Vabadussoja_Ajaloo_Komitee, lk 78
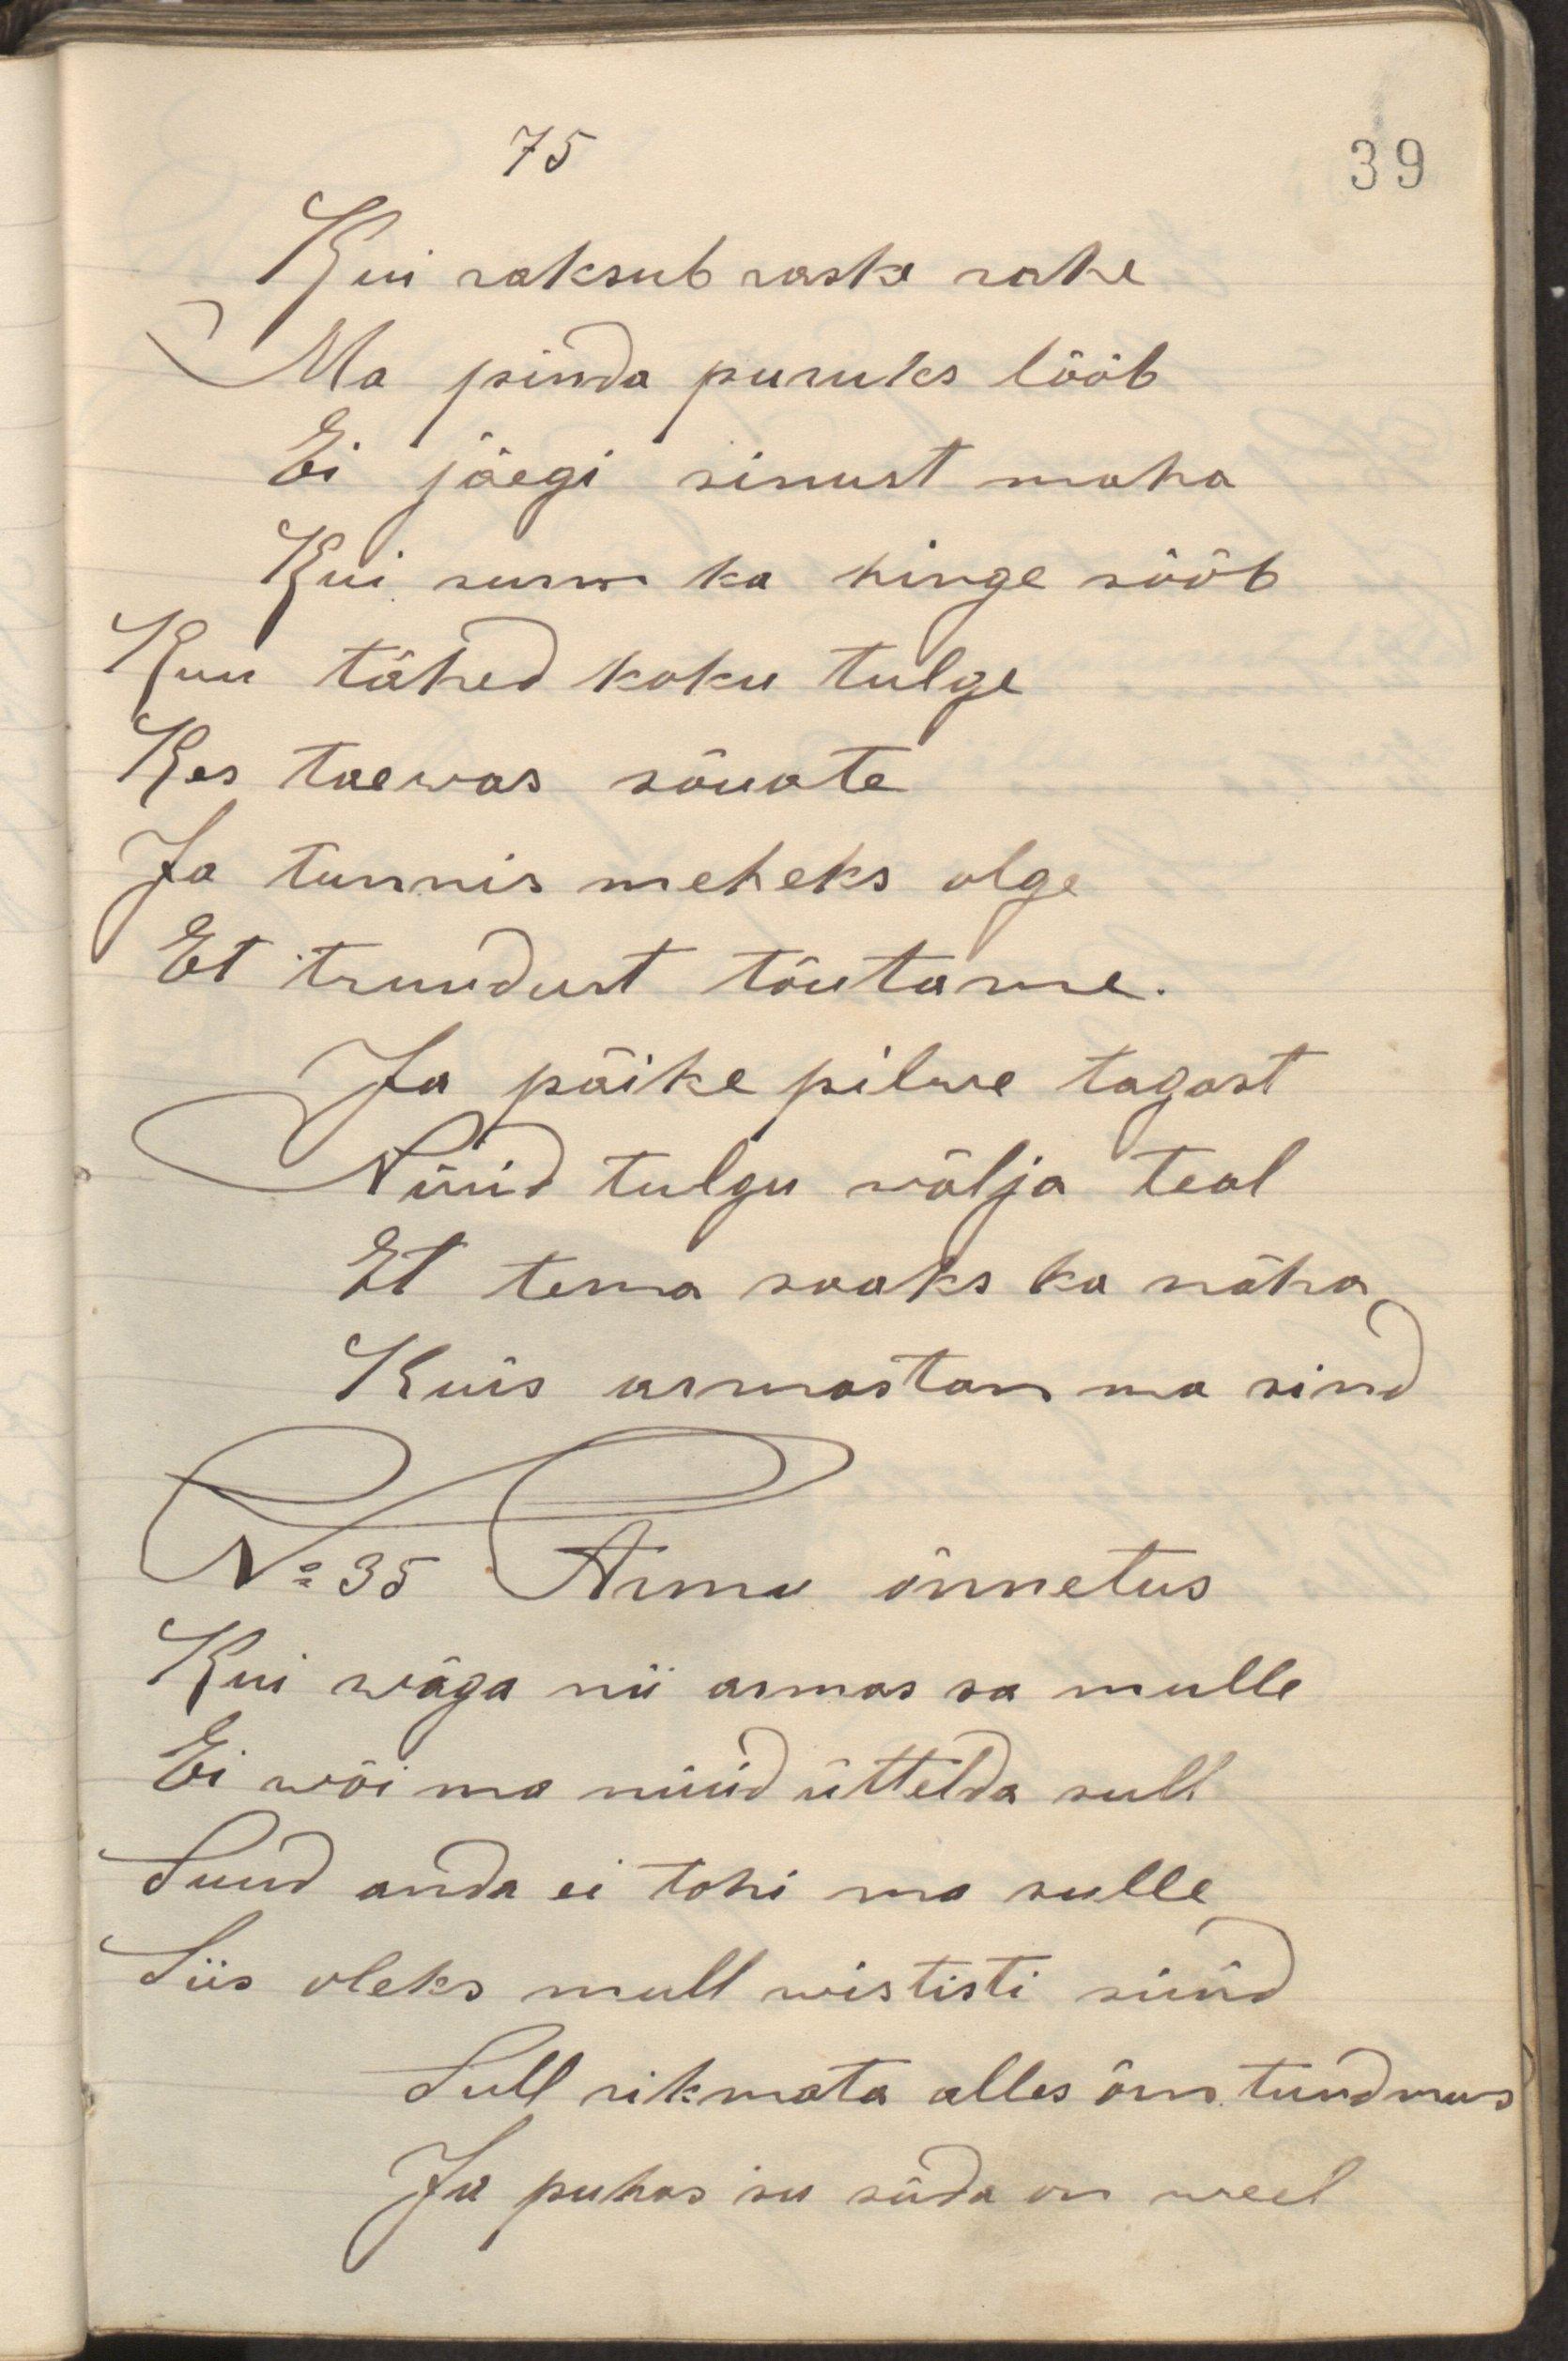
Kui raksub raske rahe
Ma pinda puruks lööb
Ei jäegi sinust maha
Kui surm ka hinge sööb
Kui tähed kaku tulge
Kes taewas sõuate
Ja tunnis meheks olge
Et truudust tõutame
Ja päike pilwe tagant
Nüüd tulgu wälja teal
Et tema saaks ka näha
Kuid armastan ma sind
N:35 Armu õnnetus
Kui wäga nii armas sa mulle
Ei wõi ma nüüd üttelda sull
Suud anda ei tohi ma sulle
Siis oleks mull wististi süüd
Sull rikmata alles õnn tundmus
Ja puhas su süda on weel